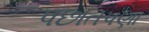
પછાતપણા